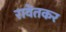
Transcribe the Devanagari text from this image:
रावेतकर